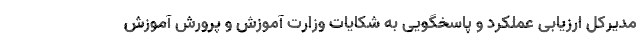
مدیرکل ارزیابی عملکرد و پاسخگویی به شکایات وزارت آموزش و پرورش آموزش